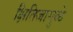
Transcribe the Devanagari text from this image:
क्षितिजामुळे